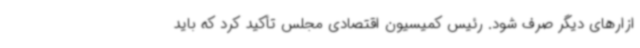
ازارهای دیگر صرف شود. رئیس کمیسیون اقتصادی مجلس تأکید کرد که باید